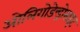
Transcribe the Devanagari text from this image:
ओलिगोडेन्ड्रोसाइट